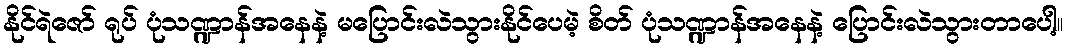
နိုင်ရဲဇော် ရုပ် ပုံသဏ္ဍာန်အနေနဲ့ မပြောင်းလဲသွားနိုင်ပေမဲ့ စိတ် ပုံသဏ္ဍာန်အနေနဲ့ ပြောင်းလဲသွားတာပေါ့။